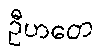
ဦဟတေ